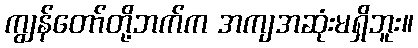
ကျွန်တော်တို့ဘက်က အကျအဆုံးမရှိဘူး။